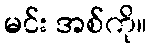
မင်း အစ်ကို။